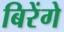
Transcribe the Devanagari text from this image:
बिरेंगे